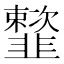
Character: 𩐒